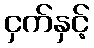
ငှက်နှင့်